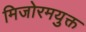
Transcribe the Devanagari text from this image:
मिजोरमयुक्त